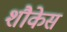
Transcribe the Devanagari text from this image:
शौकेस